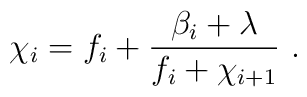
\chi_i=f_i+\frac{\beta_i+\lambda}{f_i+\chi_{i+1}} ~.